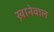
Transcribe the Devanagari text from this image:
ख़ानेवाल